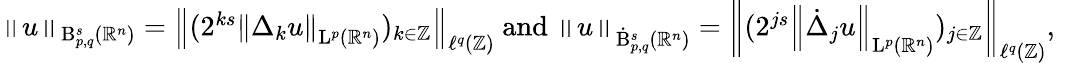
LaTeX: \begin{array}{r}{\left\lVert u\right\rVert_{\mathrm{B}_{p,q}^{s}(\mathbb{R}^{n})}=\left\lVert(2^{ks}\left\lVert{\Delta}_{k}u\right\rVert_{\mathrm{L}^{p}(\mathbb{R}^{n})})_{k\in\mathbb{Z}}\right\rVert_{\ell^{q}(\mathbb{Z})}\mathrm{~and~}\left\lVert u\right\rVert_{\dot{\mathrm{B}}_{p,q}^{s}(\mathbb{R}^{n})}=\left\lVert(2^{js}\left\lVert\dot{\Delta}_{j}u\right\rVert_{\mathrm{L}^{p}(\mathbb{R}^{n})})_{j\in\mathbb{Z}}\right\rVert_{\ell^{q}(\mathbb{Z})}\mathrm{,~}}\end{array}